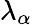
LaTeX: \lambda_{\alpha}